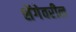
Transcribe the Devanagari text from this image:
शेंगेवरील